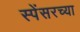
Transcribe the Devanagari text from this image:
स्पेंसरच्या